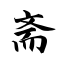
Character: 斋